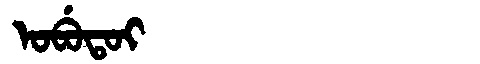
Manchu: ᠣᠪᡠᡨᠣᡳ
Romanization: OBUTOI